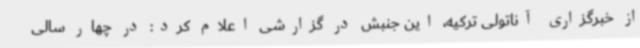
از خبرگزاری آناتولی ترکیه، این جنبش در گزارشی اعلام کرد: در چهار سالی